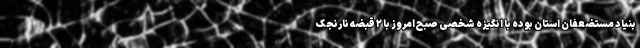
بنیاد مستضعفان استان بوده با انگیزه شخصی صبح امروز با ۲ قبضه نارنجک